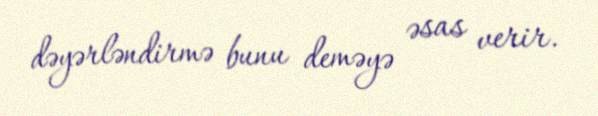
dəyərləndirmə bunu deməyə əsas verir.